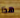
هذا